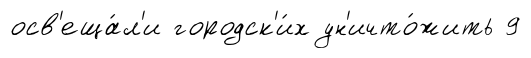
осв'еща́л'и городск'и́х ун'ичто́жить 9